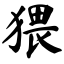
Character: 猥